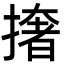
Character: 撦